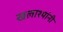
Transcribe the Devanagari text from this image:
खलाश्यांनी